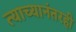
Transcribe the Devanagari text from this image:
त्याच्यानंतरही